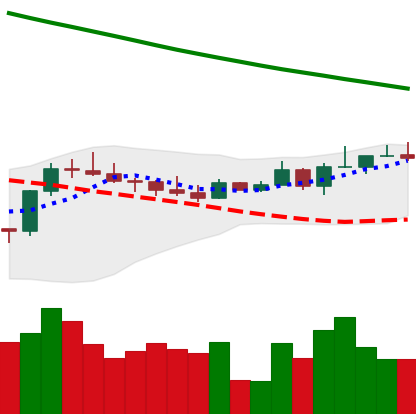
Ticker: BTC-USD
Chart end date: 2022-08-14
Forward return: -14.152%
Label: down_7plus